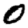
Digit: 0